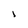
Character: 1